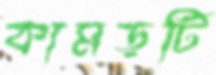
কামড়টি